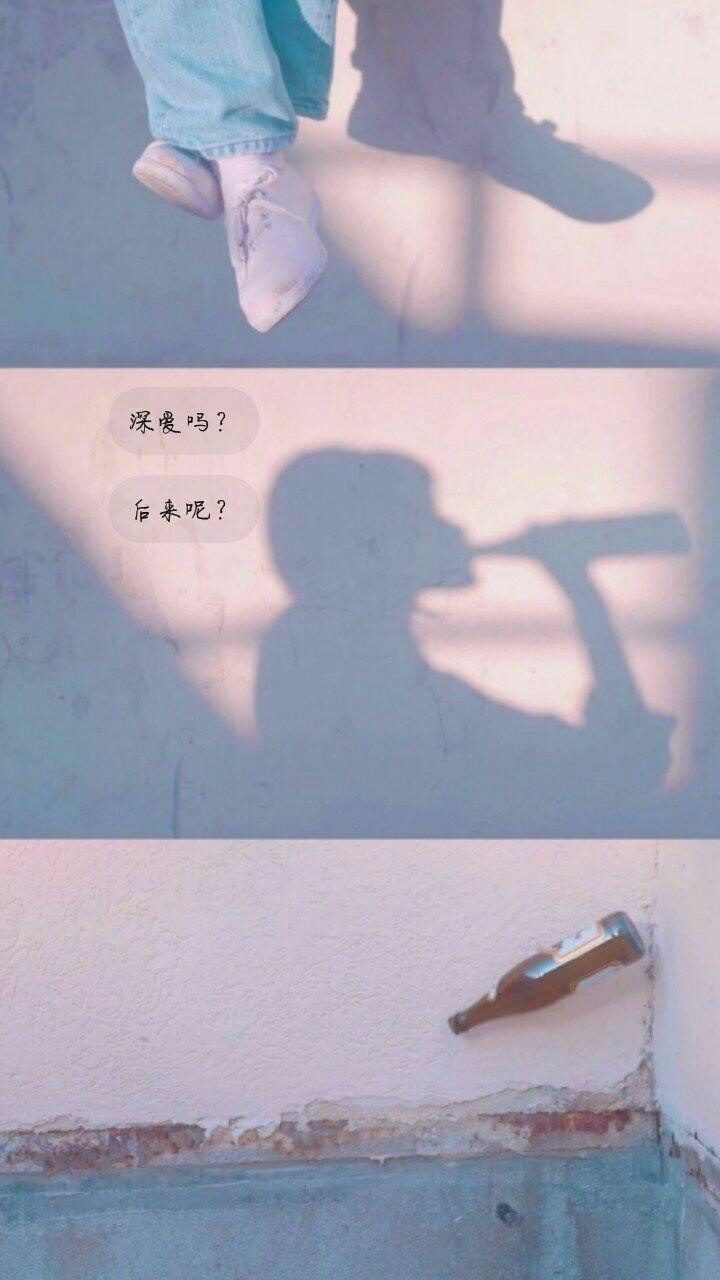
还卿一钵无情泪，恨不相逢未剃时。